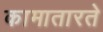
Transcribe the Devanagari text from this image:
कामातारते